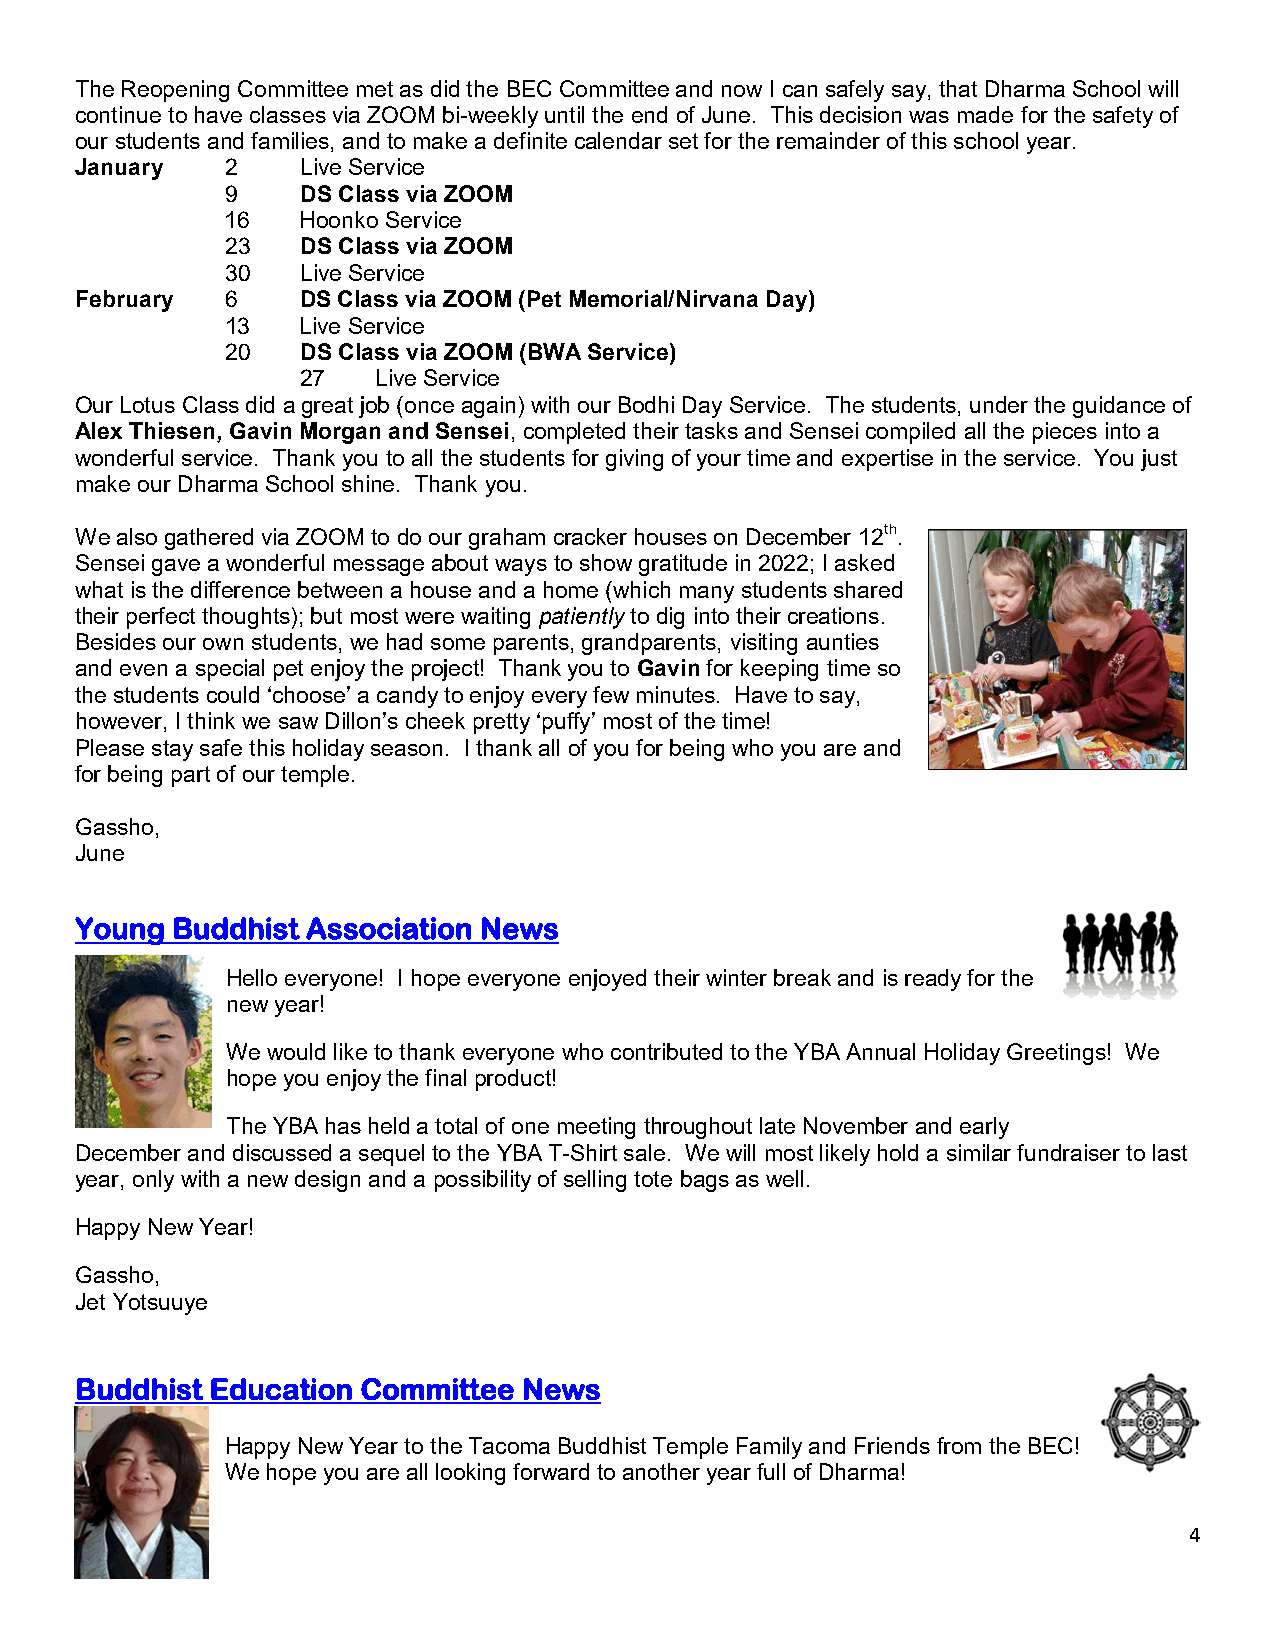
The Reopening Committee met as did the BEC Committee and now I can safely say, that Dharma School will
 continue to have classes via ZOOM bi-weekly until the end of June. This decision was made for the safety of
 our students and families, and to make a definite calendar set for the remainder of this school year.
 January   2    Live Service
 9    DS Class via ZOOM
 16   Hoonko Service
 23   DS Class via ZOOM
 30   Live Service
 February  6    DS Class via ZOOM (Pet Memorial/Nirvana Day)
 13   Live Service
 20   DS Class via ZOOM (BWA Service)
 27   Live Service
 Our Lotus Class did a great job (once again) with our Bodhi Day Service. The students, under the guidance of
 Alex Thiesen, Gavin Morgan and Sensei, completed their tasks and Sensei compiled all the pieces into a
 wonderful service. Thank you to all the students for giving of your time and expertise in the service. You just
 make our Dharma School shine. Thank you.
 We also gathered via ZOOM to do our graham cracker houses on December 12th.
 Sensei gave a wonderful message about ways to show gratitude in 2022; I asked
 what is the difference between a house and a home (which many students shared
 their perfect thoughts); but most were waiting patiently to dig into their creations.
 Besides our own students, we had some parents, grandparents, visiting aunties
 and even a special pet enjoy the project! Thank you to Gavin for keeping time so
 the students could ‘choose’ a candy to enjoy every few minutes. Have to say,
 however, I think we saw Dillon’s cheek pretty ‘puffy’ most of the time!
 Please stay safe this holiday season. I thank all of you for being who you are and
 for being part of our temple.
 Gassho,
 June
 Young Buddhist Association News
 Hello everyone! I hope everyone enjoyed their winter break and is ready for the
 new year!
 We would like to thank everyone who contributed to the YBA Annual Holiday Greetings! We
 hope you enjoy the final product!
 The YBA has held a total of one meeting throughout late November and early
 December and discussed a sequel to the YBA T-Shirt sale. We will most likely hold a similar fundraiser to last
 year, only with a new design and a possibility of selling tote bags as well.
 Happy New Year!
 Gassho,
 Jet Yotsuuye
 Buddhist Education Committee  News
 Happy New Year to the Tacoma Buddhist Temple Family and Friends from the BEC!
 We hope you are all looking forward to another year full of Dharma!
 4